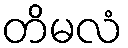
တိမလံ